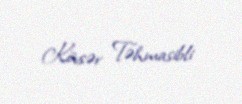
Kövsər Təhmasibli